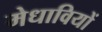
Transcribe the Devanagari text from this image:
मेधावियों